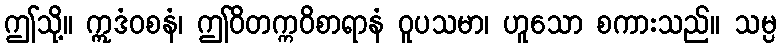
ဤသို့။ ဣဒံဝစနံ၊ ဤဝိတက္ကဝိစာရာနံ ဝူပသမာ၊ ဟူသော စကားသည်။ သမ္ပ